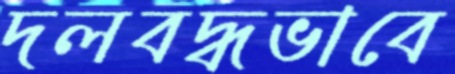
দলবদ্ধভাবে